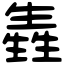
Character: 㽓